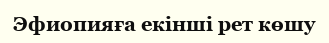
Эфиопияға екінші рет көшу